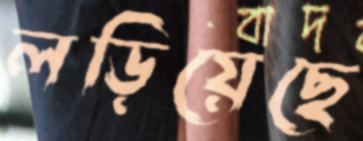
লড়িয়েছে